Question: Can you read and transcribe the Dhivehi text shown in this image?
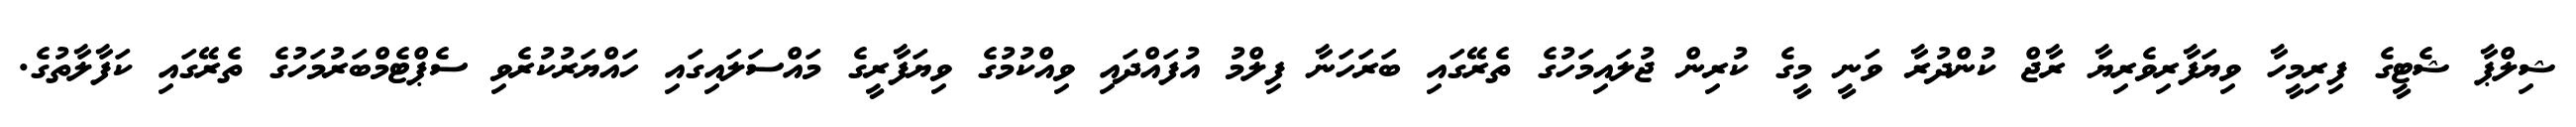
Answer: ޝިލްޕާ ޝެޓީގެ ފިރިމީހާ ވިޔަފާރިވެރިޔާ ރާޖް ކުންދުރާ ވަނީ މީގެ ކުރިން ޖުލައިމަހުގެ ތެރޭގައި ބަރަހަނާ ފިލްމު އުފައްދައި ވިއްކުމުގެ ވިޔަފާރީގެ މައްސަލައިގައި ހައްޔަރުކުރެވި ސެޕްޓެމްބަރުމަހުގެ ތެރޭގައި ކަފާލާތުގެ.